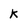
Character: k